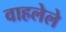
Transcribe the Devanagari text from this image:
वाहलेले